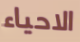
الاحياء